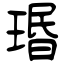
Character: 瑉